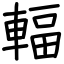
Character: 輻